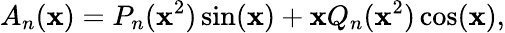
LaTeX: A_{n}(\mathbf{x})=P_{n}(\mathbf{x}^{2})\sin(\mathbf{x})+\mathbf{x}Q_{n}(\mathbf{x}^{2})\cos(\mathbf{x}),